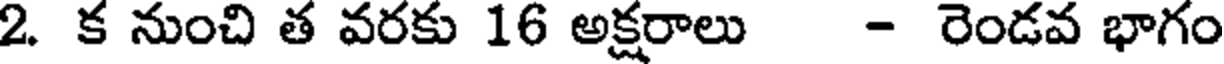
2. క నుంచి త వరకు 16 అక్షరాలు - రెండవ భాగం